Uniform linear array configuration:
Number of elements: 48
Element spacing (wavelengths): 0.75
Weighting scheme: binomial
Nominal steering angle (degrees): -15
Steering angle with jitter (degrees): -14.472
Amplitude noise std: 0.05
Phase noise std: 0.05

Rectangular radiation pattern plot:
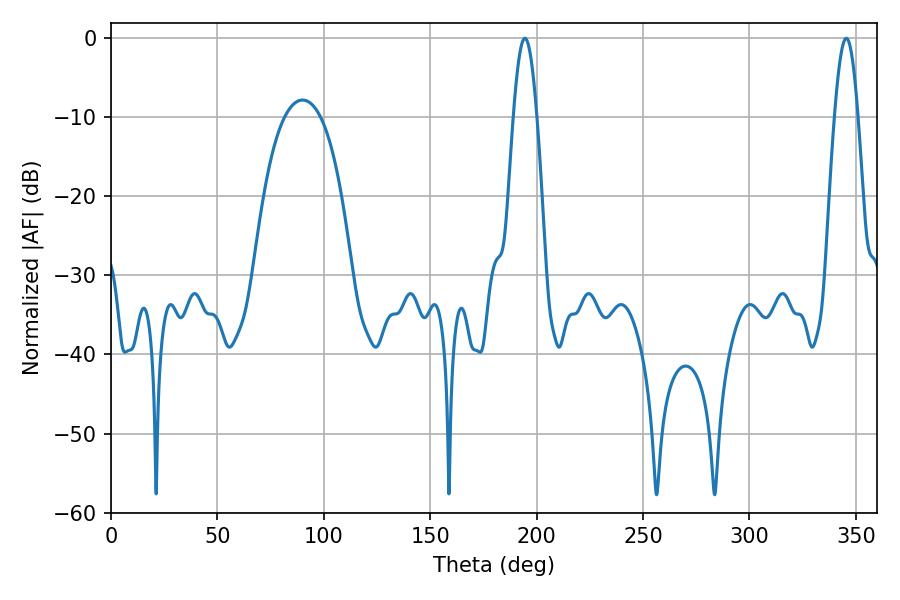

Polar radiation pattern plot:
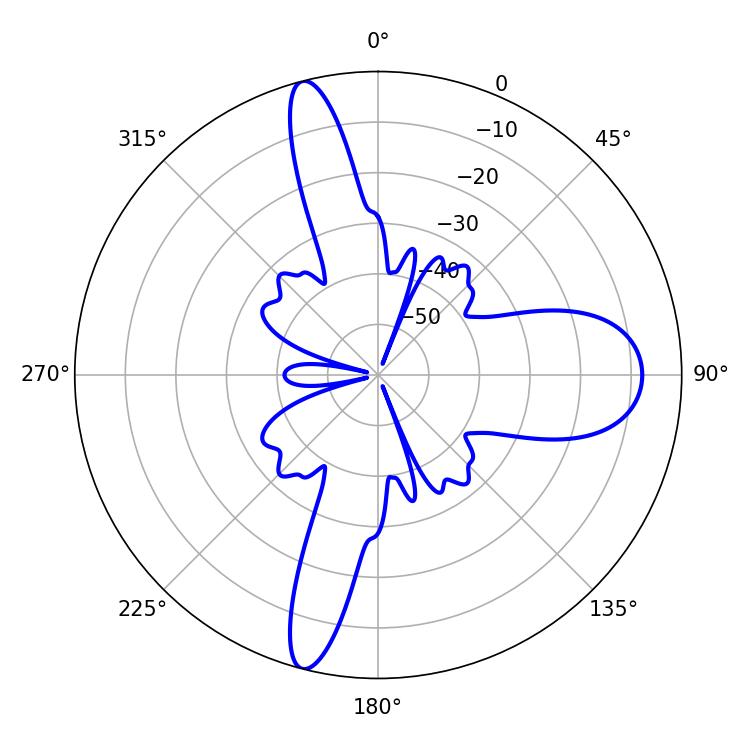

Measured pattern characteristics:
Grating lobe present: TRUE
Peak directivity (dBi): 31.603
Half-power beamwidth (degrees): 5.94
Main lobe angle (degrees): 194.58